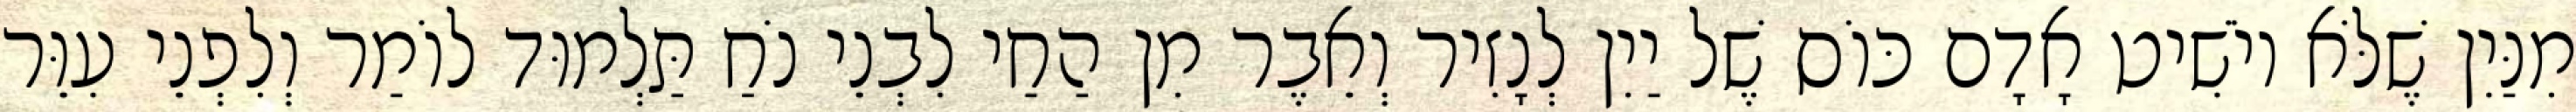
מִנַּיִן שֶׁלֹּא יוֹשִׁיט אָדָם כּוֹס שֶׁל יַיִן לְנָזִיר וְאֵבֶר מִן הַחַי לִבְנֵי נֹחַ תַּלְמוּד לוֹמַר וְלִפְנֵי עִוֵּר